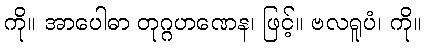
ကို။ အာပေါဓာ တုဂ္ဂဟဏေန၊ ဖြင့်။ ဗလရူပံ၊ ကို။